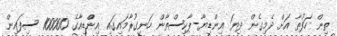
ތިން ހަފުތާ އަށް ދެމިގެން ދިޔަ އިންޑިޔާ-ޕާކިސްތާން ހަނގުރާމައިގައި އިންްޑިއާގެ 100000 ސިފައިން